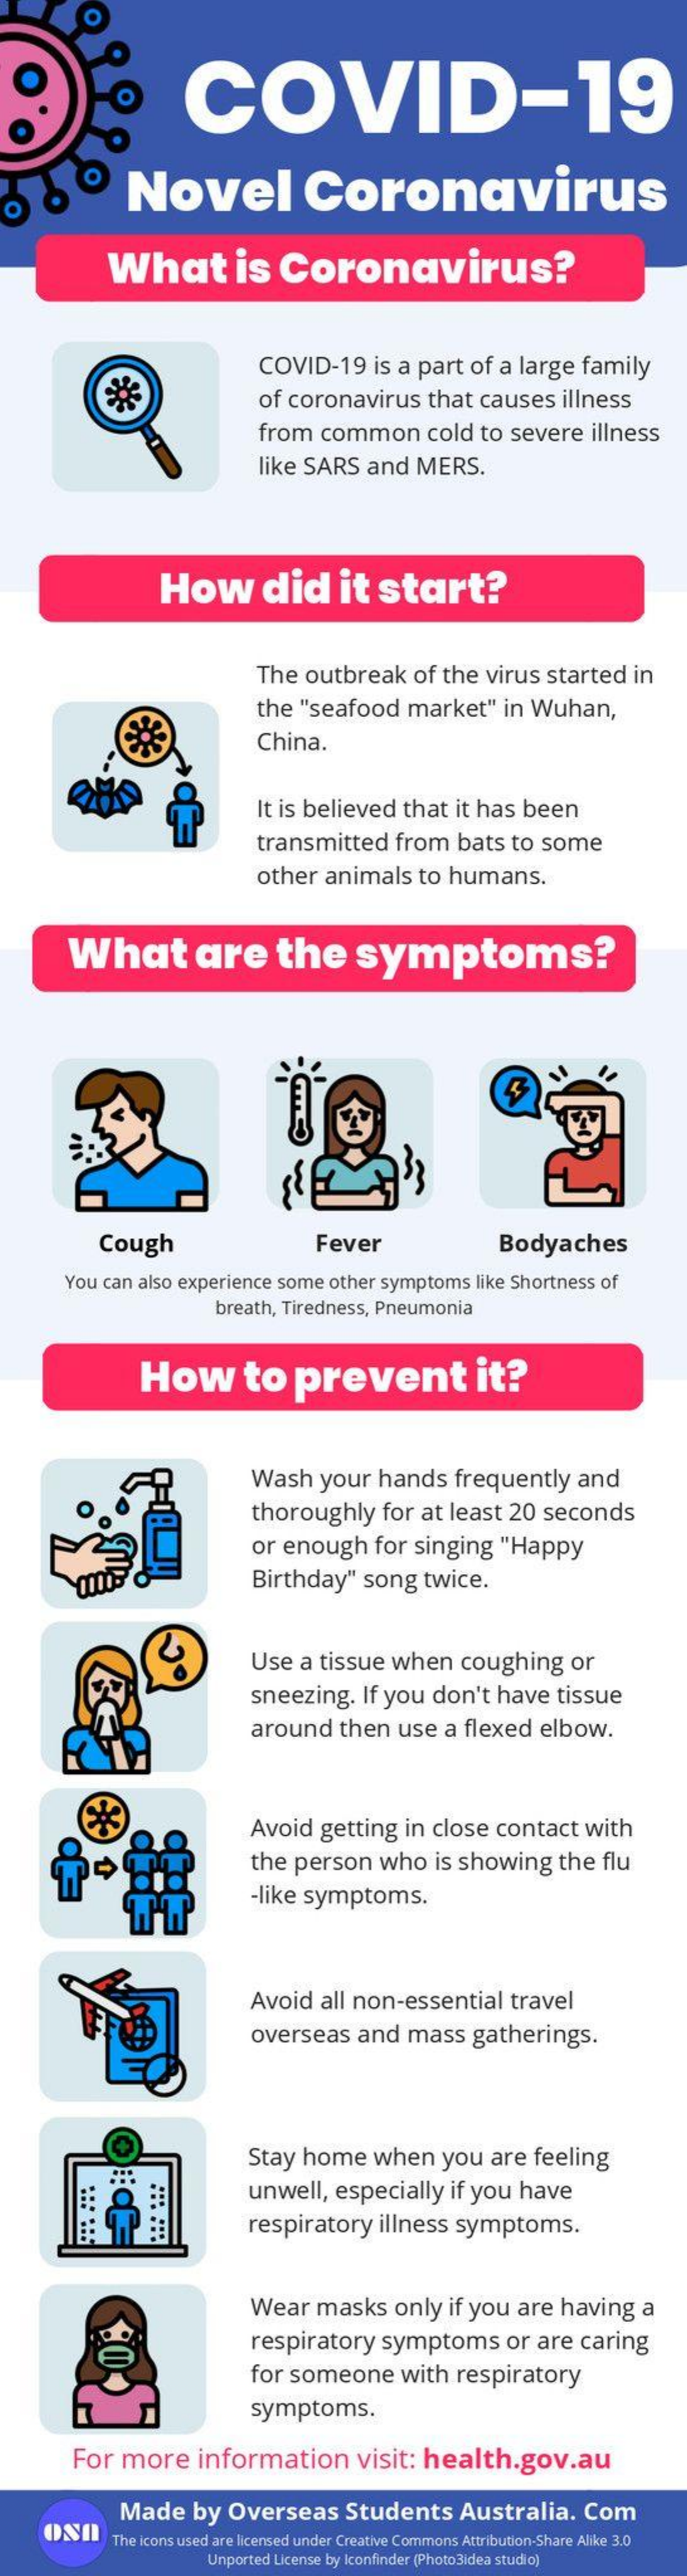
COVID-19
     Novel    Coronavirus
  O
     What    is    Coronavirus?
     COVID-19    is  a part   of  a large   family
     of coronavirus    that   causes    illness
     from   common    cold   to  severe    illness
     like SARS    and   MERS.
     How    did    it   start?
     The  outbreak    of the   virus   started    in
     the  "seafood    market"    in  Wuhan,
     China.
     It is believed    that   it has  been
     transmitted    from    bats   to  some
     other   animals    to  humans.
     What    are    the    symptoms?
     Cough    Fever    Bodyaches
     You can  also experience   some   other symptoms    like Shortness  of
     breath,  Tiredness, Pneumonia
     How    to    prevent    it?
     Wash    your    hands    frequently    and
     thoroughly    for   at least   20  seconds
     or  enough    for   singing    "Happy
     Birthday"    song    twice.
     Use   a tissue    when    coughing    or
     sneezing.    If you   don't   have    tissue
     around    then    use   a flexed    elbow.
     Avoid   getting    in  close   contact    with
     the  person    who    is showing    the  flu
     -like symptoms.
     Avoid   all  non-essential    travel
     overseas    and    mass    gatherings.
     Stay  home    when    you   are   feeling
     :::
     unwell,    especially    if you   have
     respiratory    illness   symptoms.
     Wear    masks    only   if you   are   having    a
     respiratory    symptoms    or  are  caring
     for someone    with   respiratory
     symptoms.
     For   more    information    visit:   health.gov.au
     Made    by  Overseas    Students    Australia.    Com
     The icons used are licensed under Creative Commons Attribution-Share Alike 3.0
     Unported License by Iconfinder (Photo3idea studio)